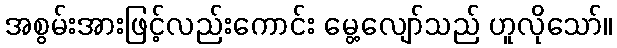
အစွမ်းအားဖြင့်လည်းကောင်း မွေ့လျော်သည် ဟူလိုသော်။